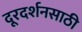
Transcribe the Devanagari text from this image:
दूरदर्शनसाठी